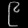
Digit: ၉